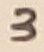
Text: 3